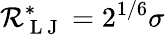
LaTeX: \mathcal{R}_{\mathrm{{~L~J~}}}^{*}=2^{1/6}\sigma